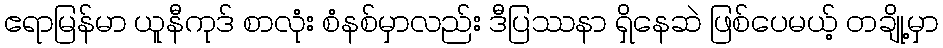
ဧရာမြန်မာ ယူနီကုဒ် စာလုံး စံနစ်မှာလည်း ဒီပြဿနာ ရှိနေဆဲ ဖြစ်ပေမယ့် တချို့မှာ